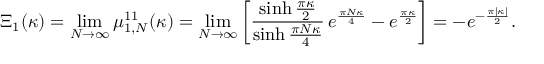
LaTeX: \Xi _ { 1 } ( \kappa ) = \operatorname * { l i m } _ { N \to \infty } \mu _ { 1 , N } ^ { 1 1 } ( \kappa ) = \operatorname * { l i m } _ { N \to \infty } \left[ \frac { \sinh \frac { \pi \kappa } { 2 } } { \sinh \frac { \pi N \kappa } { 4 } } \, e ^ { \frac { \pi N \kappa } { 4 } } - e ^ { \frac { \pi \kappa } { 2 } } \right] = - e ^ { - \frac { \pi | \kappa | } { 2 } } .